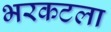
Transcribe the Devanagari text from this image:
भरकटला